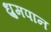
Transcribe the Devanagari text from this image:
ध्रुमपान